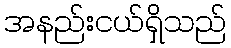
အနည်းငယ်ရှိသည်